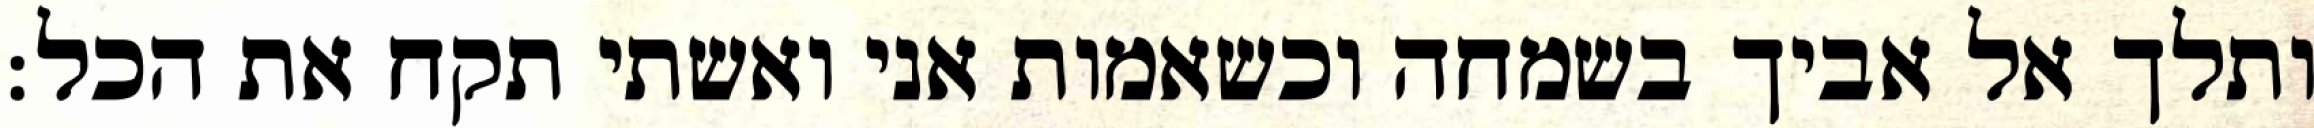
ותלך אל אביך בשמחה וכשאמות אני ואשתי תקח את הכל: